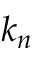
k _ { n }